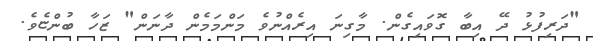
"ދަރިފުޅު ދޭ އިބާ ގޮވައިގެން. މާގިނަ އިރެއްނުވެ މަންމަމެން ދާނަން" ޒަހާ ބުންޏެވެ.